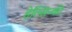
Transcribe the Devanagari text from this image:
हेल्सिन्की